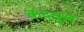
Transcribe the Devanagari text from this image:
कदवुल